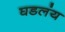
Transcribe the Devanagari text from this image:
घडलंय